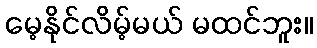
မေ့နိုင်လိမ့်မယ် မထင်ဘူး။